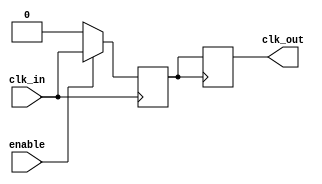
module basic_clock_buffer (
    input wire clk_in,       // Input clock signal
    input wire enable,       // Enable signal
    output reg clk_out       // Output clock signal
);

    // Parameter for propagation delay (in simulation)
    parameter PROP_DELAY = 1; // Example propagation delay in time units

    // Internal signal for clock buffering
    reg clk_buf;

    // Clock buffer logic
    always @(posedge clk_in) begin
        if (enable) begin
            // Buffer the clock signal with minimal propagation delay
            #PROP_DELAY clk_buf <= clk_in;
        end else begin
            // If not enabled, hold the output low or high (depends on design)
            clk_buf <= 1'b0; // or 1'b1 depending on desired behavior when disabled
        end
    end

    // Assign buffered clock to output
    always @(posedge clk_buf) begin
        clk_out <= clk_buf;
    end

    // Testability feature: Simple test point
    // You can add additional test points or self-test logic as needed
    // For example, a simple toggle to indicate the buffer is working
    reg test_signal;
    always @(posedge clk_buf) begin
        test_signal <= ~test_signal; // Toggle test signal for monitoring
    end

endmodule